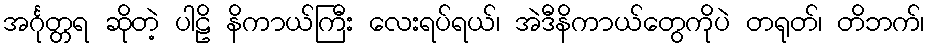
အင်္ဂုတ္တရ ဆိုတဲ့ ပါဠိ နိကာယ်ကြီး လေးရပ်ရယ်၊ အဲဒီနိကာယ်တွေကိုပဲ တရုတ်၊ တိဘက်၊